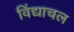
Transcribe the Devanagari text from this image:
विंद्याचल